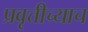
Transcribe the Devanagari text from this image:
प्रवृत्तीच्याच